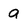
Character: a